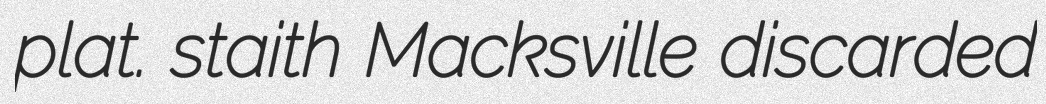
plat. staith Macksville discarded